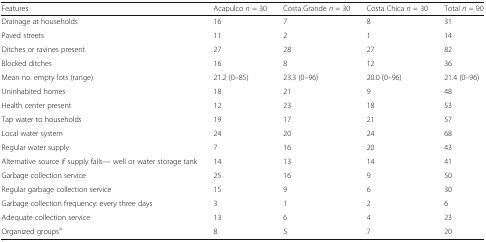
<table><thead><tr><td><b>Features</b></td><td><b>Acapulco <i>n</i> = 30</b></td><td><b>Costa Grande <i>n</i> = 30</b></td><td><b>Costa Chica <i>n</i> = 30</b></td><td><b>Total <i>n</i> = 90</b></td></tr></thead><tbody><tr><td>Drainage at households</td><td>16</td><td>7</td><td>8</td><td>31</td></tr><tr><td>Paved streets</td><td>11</td><td>2</td><td>1</td><td>14</td></tr><tr><td>Ditches or ravines present</td><td>27</td><td>28</td><td>27</td><td>82</td></tr><tr><td>Blocked ditches</td><td>16</td><td>8</td><td>12</td><td>36</td></tr><tr><td>Mean no. empty lots (range)</td><td>21.2 (0–85)</td><td>23.3 (0–96)</td><td>20.0 (0–96)</td><td>21.4 (0–96)</td></tr><tr><td>Uninhabited homes</td><td>18</td><td>21</td><td>9</td><td>48</td></tr><tr><td>Health center present</td><td>12</td><td>23</td><td>18</td><td>53</td></tr><tr><td>Tap water to households</td><td>19</td><td>17</td><td>21</td><td>57</td></tr><tr><td>Local water system</td><td>24</td><td>20</td><td>24</td><td>68</td></tr><tr><td>Regular water supply</td><td>7</td><td>16</td><td>20</td><td>43</td></tr><tr><td>Alternative source if supply fails— well or water storage tank</td><td>14</td><td>13</td><td>14</td><td>41</td></tr><tr><td>Garbage collection service</td><td>25</td><td>16</td><td>9</td><td>50</td></tr><tr><td>Regular garbage collection service</td><td>15</td><td>9</td><td>6</td><td>30</td></tr><tr><td>Garbage collection frequency: every three days</td><td>3</td><td>1</td><td>2</td><td>6</td></tr><tr><td>Adequate collection service</td><td>13</td><td>6</td><td>4</td><td>23</td></tr><tr><td>Organized groups<sup>a</sup></td><td>8</td><td>5</td><td>7</td><td>20</td></tr></tbody></table>